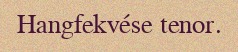
Hangfekvése tenor.